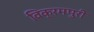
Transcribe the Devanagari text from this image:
विक्रमपुरी